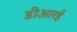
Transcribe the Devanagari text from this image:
डीआरई